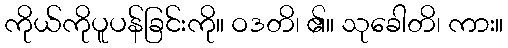
ကိုယ်ကိုပူပန်ခြင်းကို။ ဝဒတိ၊ ၏။ သုခေါတိ၊ ကား။